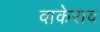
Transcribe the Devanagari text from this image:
वाकेराव